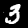
Label: 3